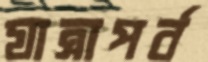
যাত্রাপর্ব